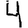
Digit: 4